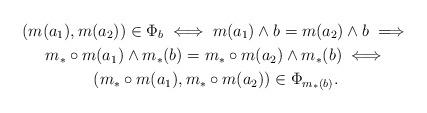
LaTeX: \begin{gather*}(m(a_1), m(a_2)) \in \Phi_b \iff m(a_1) \wedge b = m(a_2) \wedge b \implies\\m_*\circ m(a_1) \wedge m_*(b) = m_* \circ m(a_2) \wedge m_*(b) \iff \\(m_* \circ m(a_1), m_* \circ m(a_2)) \in \Phi_{m_*(b)}.\end{gather*}